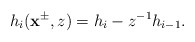
\begin{align*}h_i(\mathbf{x}^{\pm},z)=h_i-z^{-1}h_{i-1}.\end{align*}